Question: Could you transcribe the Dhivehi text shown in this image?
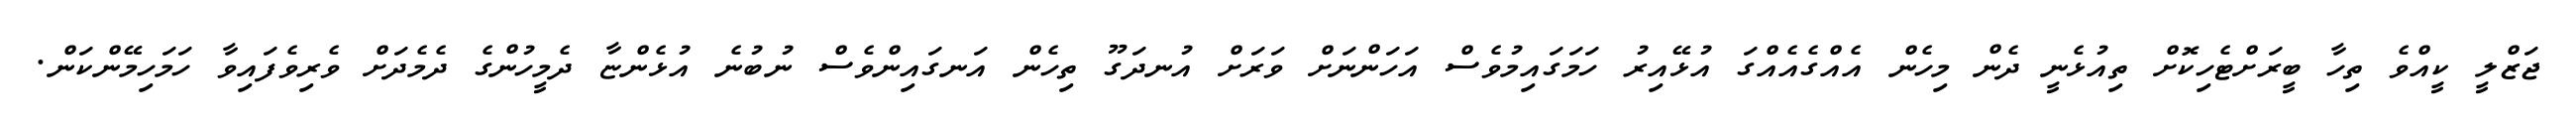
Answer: ޖަޒްލީ ކީއްވެ ތިހާ ބީރަށްޓެހިކޮށް ތިއުޅެނީ ދެން މިހެން އެއްގެއެއްގަ އުޅޭއިރު ހަމަގައިމުވެސް އަހަންނަށް ވަރަށް އުނދަގޫ ތިހެން އަނގައިންވެސް ނުބުނެ އުޅެންޏާ ދެމީހުންގެ ދެމެދަށް ވެރިވެފައިވާ ހަމަހިމޭންކަން.